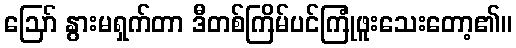
ဪ နွားမရှက်တာ ဒီတစ်ကြိမ်ပင်ကြုံဖူးသေးတော့၏။